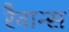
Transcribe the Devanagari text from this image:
रैवान्स